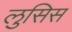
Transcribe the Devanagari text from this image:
लुसिस